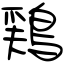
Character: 鶏